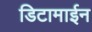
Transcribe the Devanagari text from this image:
डिटामाईन